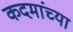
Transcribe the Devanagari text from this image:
कदमांच्या